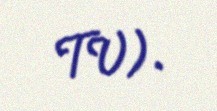
TV).